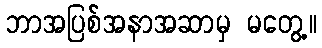
ဘာအပြစ်အနာအဆာမှ မတွေ့။